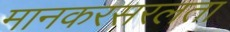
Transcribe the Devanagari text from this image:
मानकरसरलता